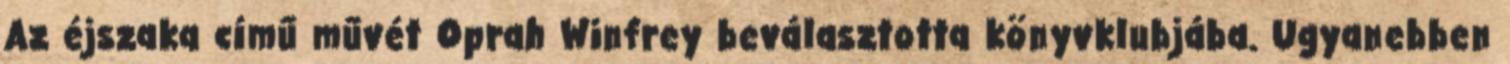
Az éjszaka című művét Oprah Winfrey beválasztotta könyvklubjába. Ugyanebben